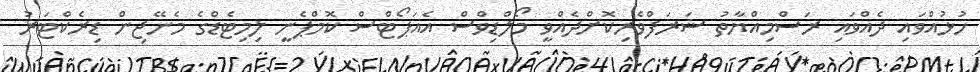
ހުޅުއްވައި ދެއްވައި ރަސްމިއްޔާތު ޝަރަފްވެރިކޮށްދެއްވީ މޯލްޑިވްސް އެއަޕޯޓްސް ކޮމްޕެނީ ލިމިޓެޑްގެ މެނޭޖިން ޑިރެކްޓަރު